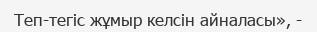
Теп-тегіс жұмыр келсін айналасы», -